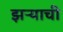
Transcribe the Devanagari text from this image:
झऱ्याची